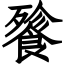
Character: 餮